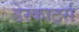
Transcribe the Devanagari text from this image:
डेस्कार्ट्स